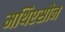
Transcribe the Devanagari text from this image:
मथिएसोन